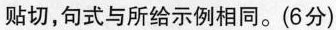
贴切，句式与所给示例相同。(6分)